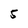
Character: 5